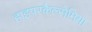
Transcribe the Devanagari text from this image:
हाइपरकैल्सेमिया